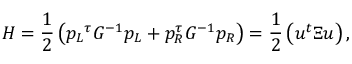
H = \frac { 1 } { 2 } \left( { p _ { L } } ^ { \tau } G ^ { - 1 } p _ { L } + { p _ { R } ^ { \tau } } G ^ { - 1 } p _ { R } \right) = \frac { 1 } { 2 } \left( u ^ { t } \Xi u \right) ,